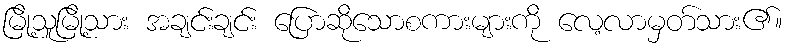
မြို့သူမြို့သား အချင်းချင်း ပြောဆိုသောစကားများကို လေ့လာမှတ်သား၏။